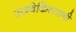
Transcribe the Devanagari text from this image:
उज़बेकिस्तानी